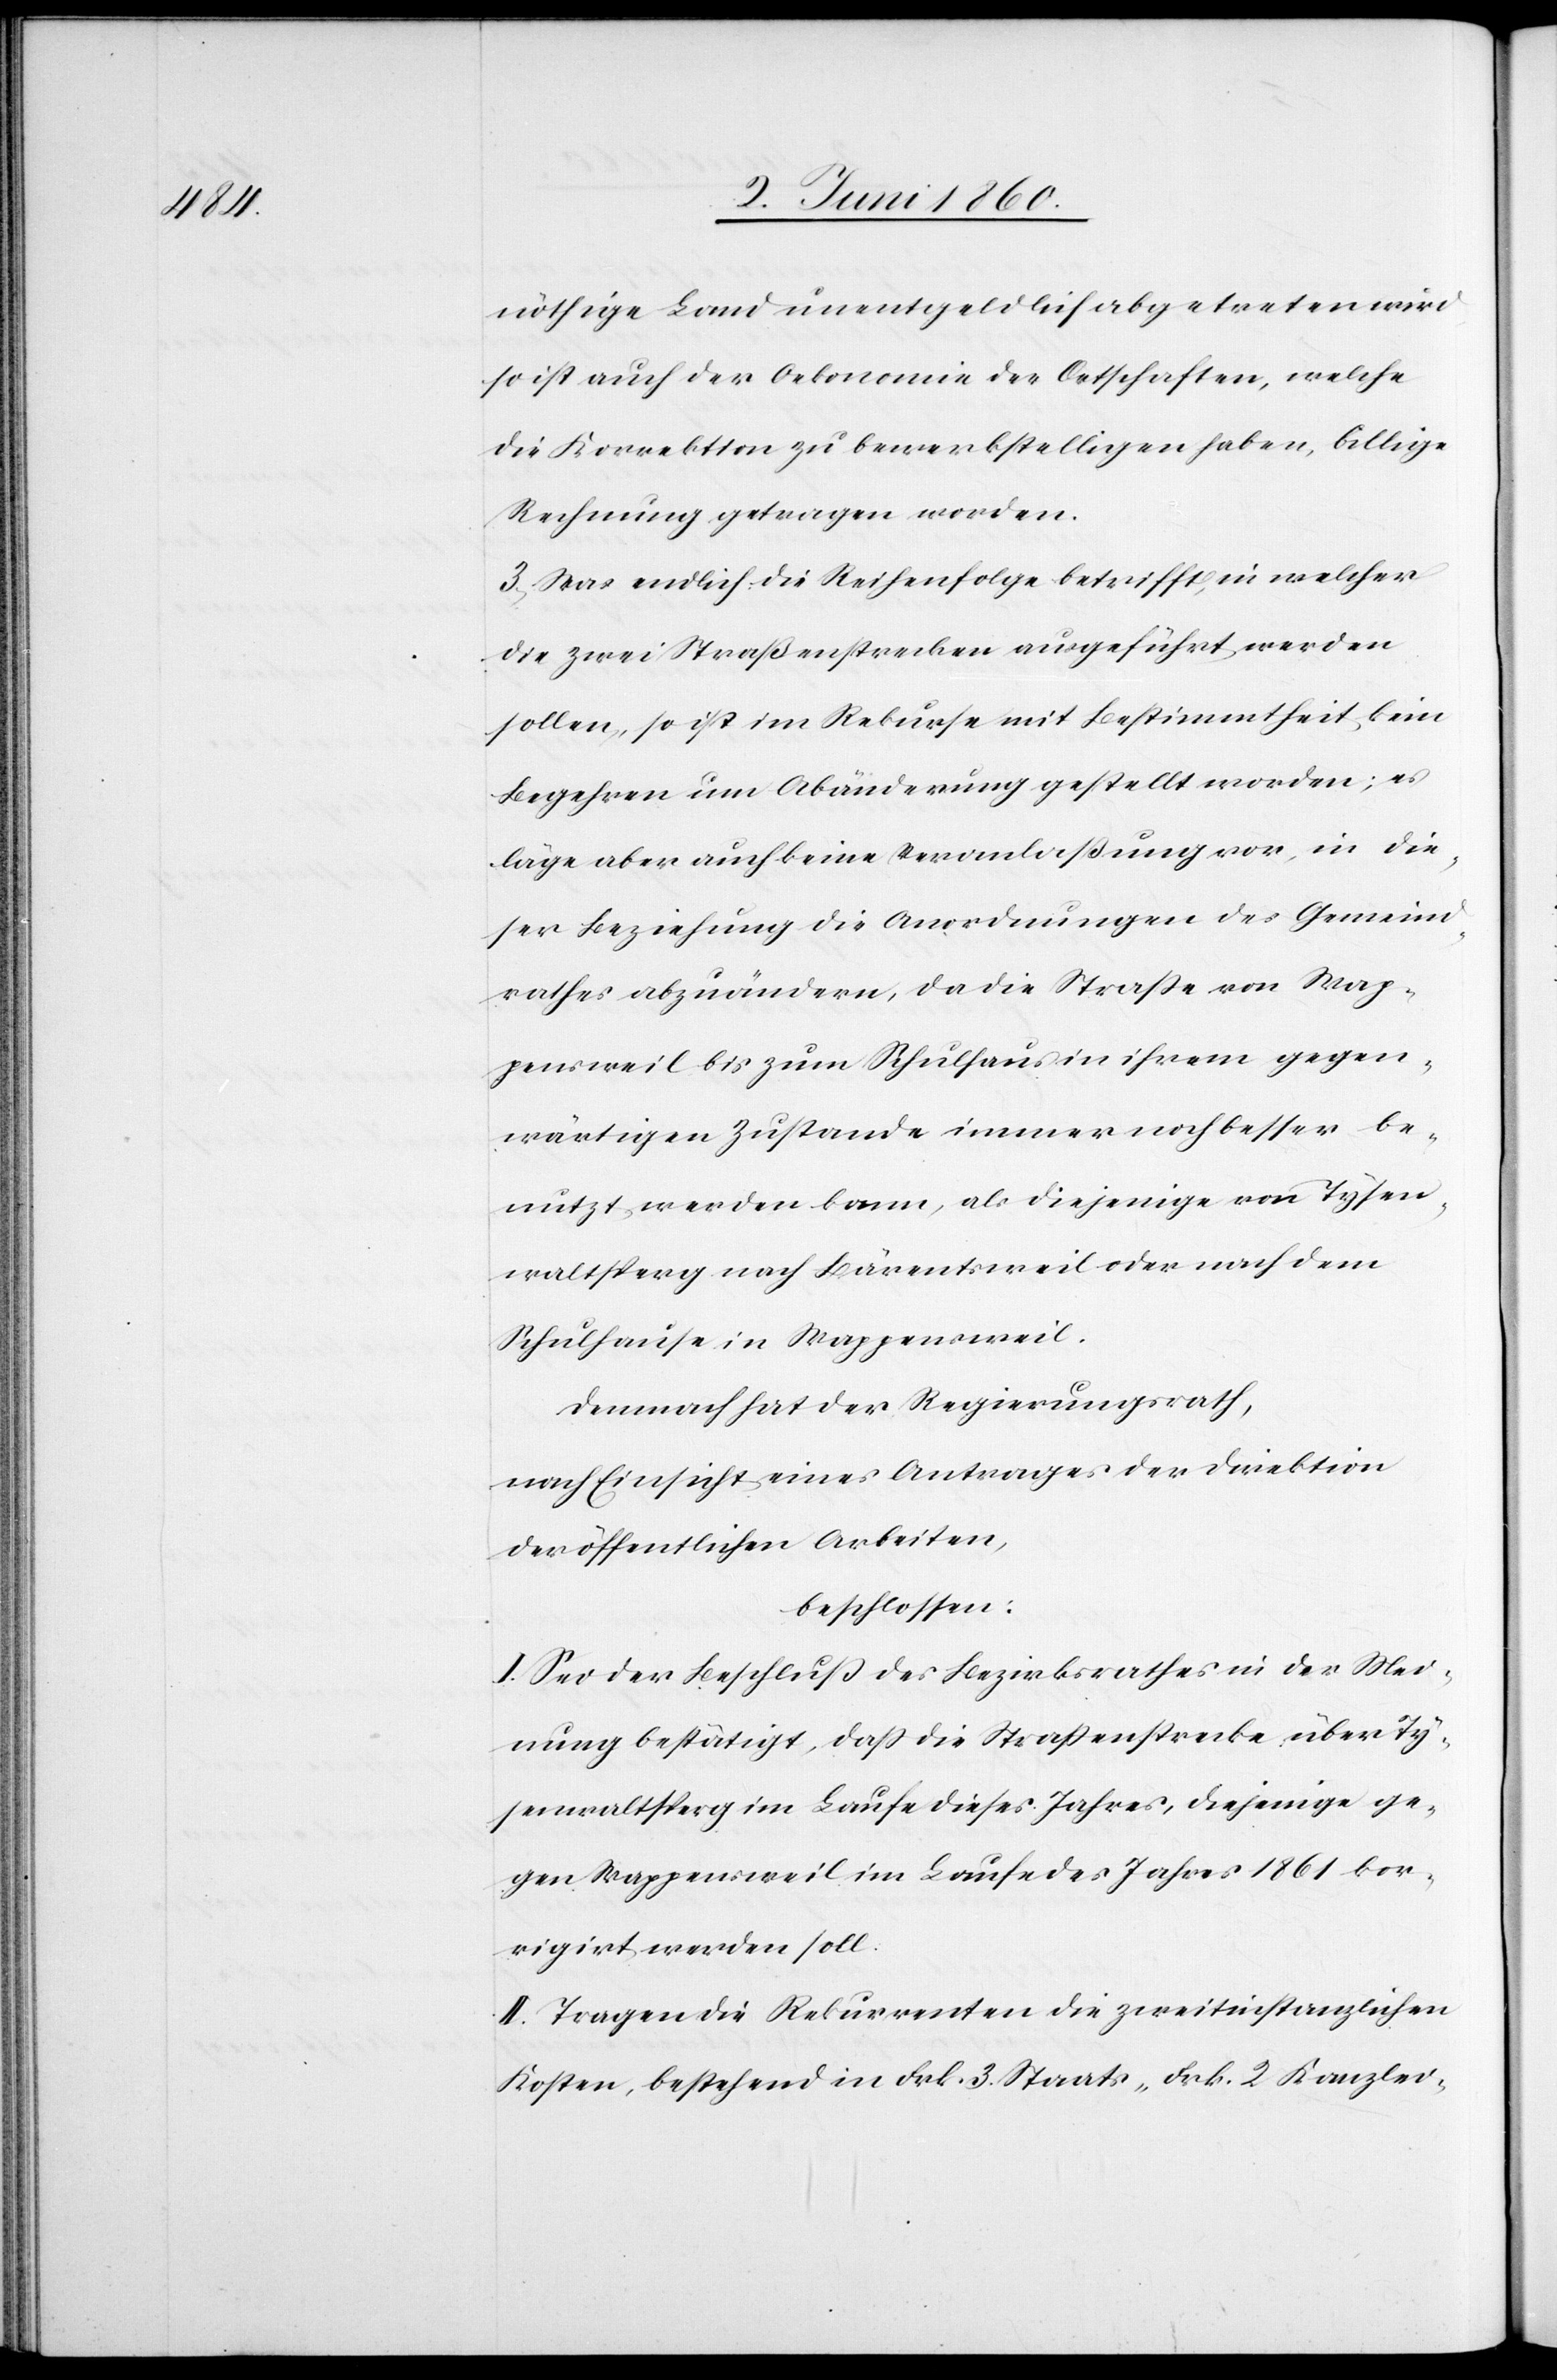
nöthige Land unentgeldlich abgetreten wird
so ist auch der Oekonomie der Ortschaften, welche
die Korrektion zu bewerkstelligen haben, billige
Rechnung getragen worden.
3. Was endlich die Reihenfolge betrifft, in welcher
die zwei Straßenstrecken ausgeführt werden
sollen, so ist im Rekurse mit Bestimmtheit kein
Begehren um Abänderung gestellt worden; es
läge aber auch keine Veranlaßung vor, in die¬
ser Beziehung die Anordnungen des Gemeind¬
rathes abzuändern, da die Strasse von Wap¬
pensweil bis zum Schulhaus in ihrem gegen¬
wärtigen Zustande immer noch besser be¬
nutzt werden kann, als diejenige von Tysen¬
waltsperg nach Bärentsweil oder nach dem
Schulhause in Wappensweil.
Demnach hat der Regierungsrath,
nach Einsicht eines Antrages der Direktion
der öffentlichen Arbeiten,
beschlossen:
I. Sei der Beschluss des Bezirksrathes in der Mei¬
nung bestätigt, dass die Strassenstrecke über Ty¬
senwaltsperg im Laufe dieses Jahres, diejenige ge¬
gen Wappensweil im Laufe des Jahres 1861 kor¬
rigirt werden soll.
II. Tragen die Rekurrenten die zweitinstanzlichen
Kosten, bestehend in Frk. 3 Staats- Frk. 2 Kanzlei-